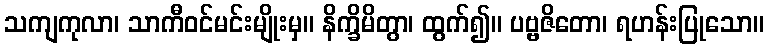
သကျကုလာ၊ သာကီဝင်မင်းမျိုးမှ။ နိက္ခိမိတွာ၊ ထွက်၍။ ပဗ္ဗဇိတော၊ ရဟန်းပြုသော။